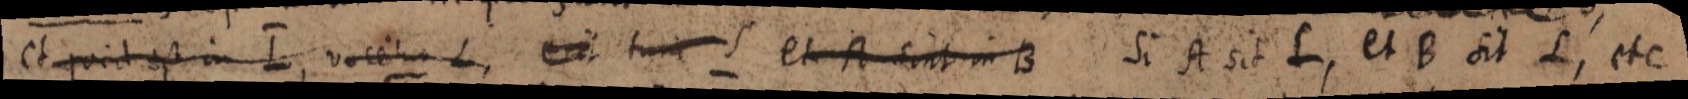
et quid est in I, vocetur L, erit tunc et A sint in B Si A sit L, et B sit L, etc